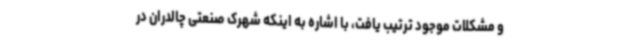
و مشکلات موجود ترتیب یافت، با اشاره به اینکه شهرک صنعتی چالدران در